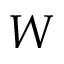
W